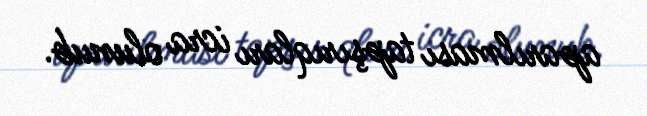
aparılması tapşırıqları icra olunub.